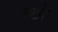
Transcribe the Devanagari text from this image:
बखेर